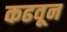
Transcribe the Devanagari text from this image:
कढवून